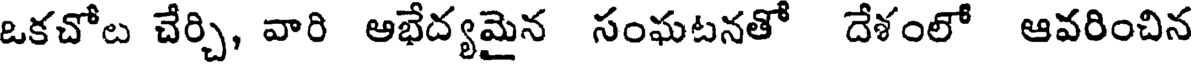
ఒకచోట చేర్చి, వారి అభేద్యమైన సంఘటనతో దేశంలో ఆవరించిన